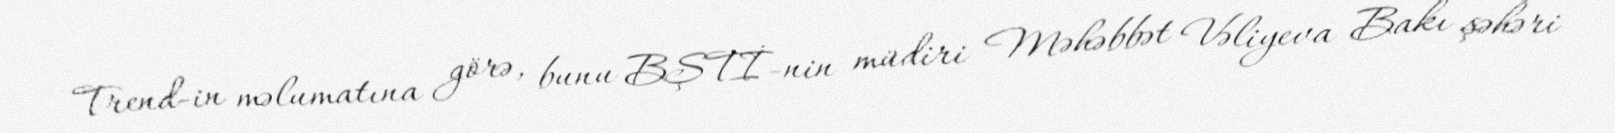
Trend-in məlumatına görə, bunu BŞTİ-nin müdiri Məhəbbət Vəliyeva Bakı şəhəri